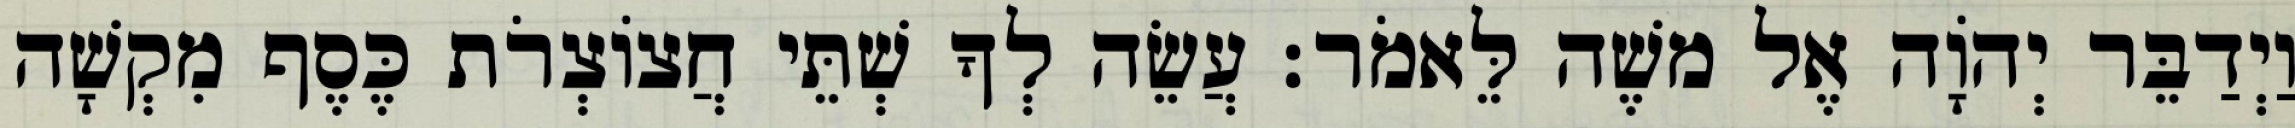
וַיְדַבֵּר יְהוָֹה אֶל משֶׁה לֵּאמֹר׃ עֲשֵׂה לְךָ שְׁתֵּי חֲצוֹצְרֹת כֶּסֶף מִקְשָׁה